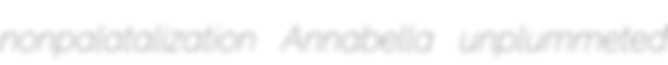
nonpalatalization Annabella unplummeted